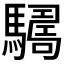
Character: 𩦑